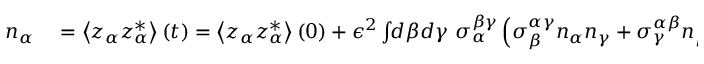
\begin{array} { r l } { n _ { \alpha } } & { { } = \left\langle z _ { \alpha } z _ { \alpha } ^ { * } \right\rangle \left( t \right) = \left\langle z _ { \alpha } z _ { \alpha } ^ { * } \right\rangle \left( 0 \right) + \epsilon ^ { 2 } \int \! \! d \beta d \gamma \ \sigma _ { \alpha } ^ { \beta \gamma } \left( \sigma _ { \beta } ^ { \alpha \gamma } n _ { \alpha } n _ { \gamma } + \sigma _ { \gamma } ^ { \alpha \beta } n _ { \beta } n _ { \alpha } + \sigma _ { \alpha } ^ { \beta \gamma } n _ { \beta } n _ { \gamma } \right) \frac { 1 - \cos \Omega _ { \alpha \beta \gamma } t } { \Omega _ { \alpha \beta \gamma } ^ { 2 } } + O \left( \epsilon ^ { 4 } \right) . } \end{array}